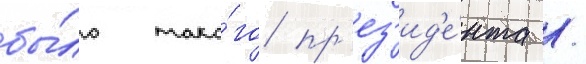
бы́ло тако́го пр'ез'ид'е́нта /